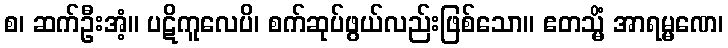
စ၊ ဆက်ဦးအံ့။ ပဋိကူလေပိ၊ စက်ဆုပ်ဖွယ်လည်းဖြစ်သော။ ဧတသ္မိံ အာရမ္မဏေ၊